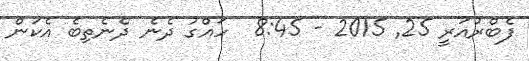
ފެބްރުއަރީ 25